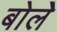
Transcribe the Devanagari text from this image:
बोलेे